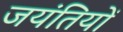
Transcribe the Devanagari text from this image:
जयंतियों